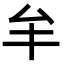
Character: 𠫚